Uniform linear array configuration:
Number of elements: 8
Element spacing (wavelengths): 0.75
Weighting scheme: blackman
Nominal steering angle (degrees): -45
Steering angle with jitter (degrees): -46.522
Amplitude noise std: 0.05
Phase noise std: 0.05

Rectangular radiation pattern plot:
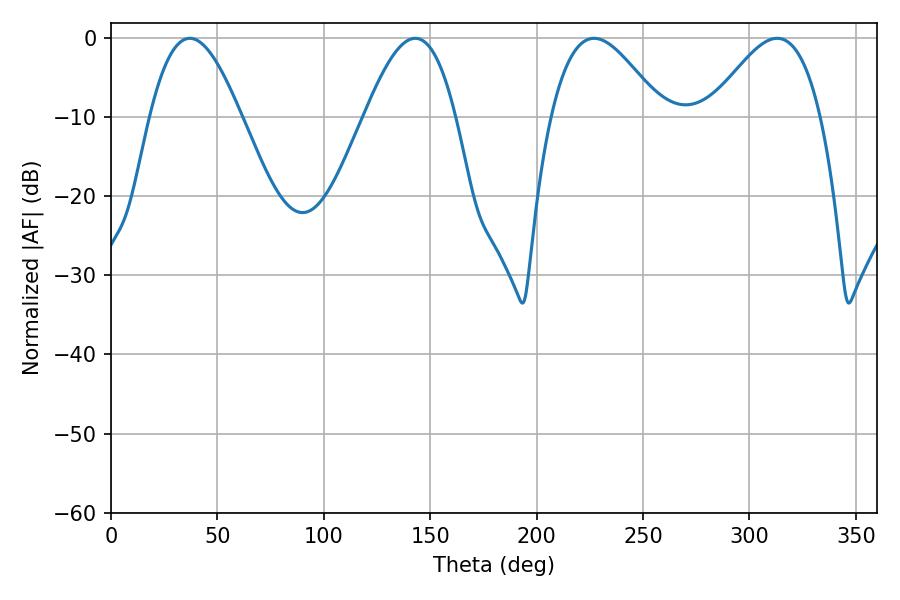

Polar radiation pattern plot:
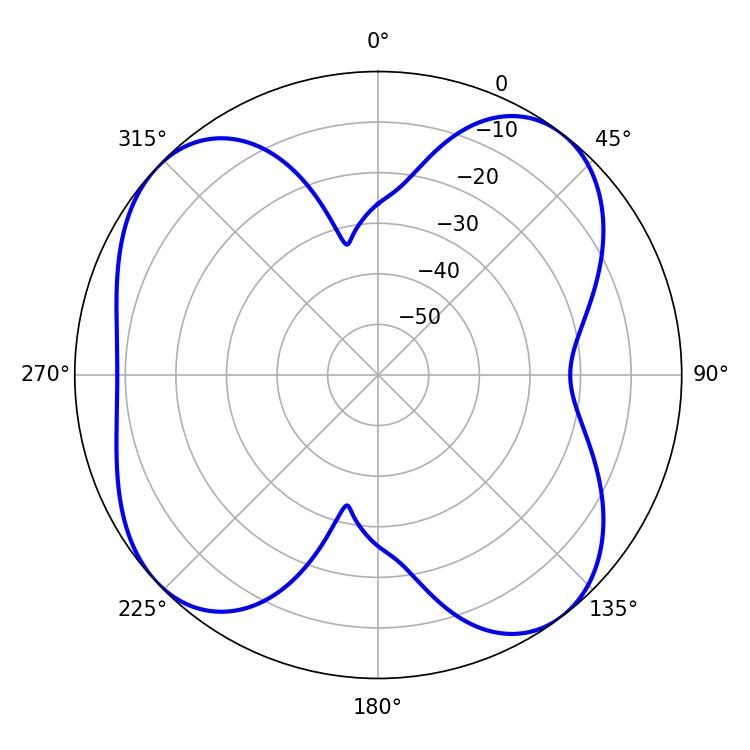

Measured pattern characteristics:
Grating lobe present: TRUE
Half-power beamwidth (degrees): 27.9
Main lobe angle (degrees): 226.98